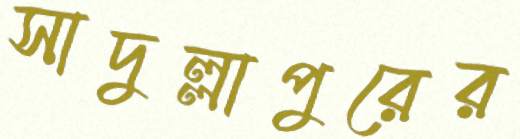
সাদুল্লাপুরের